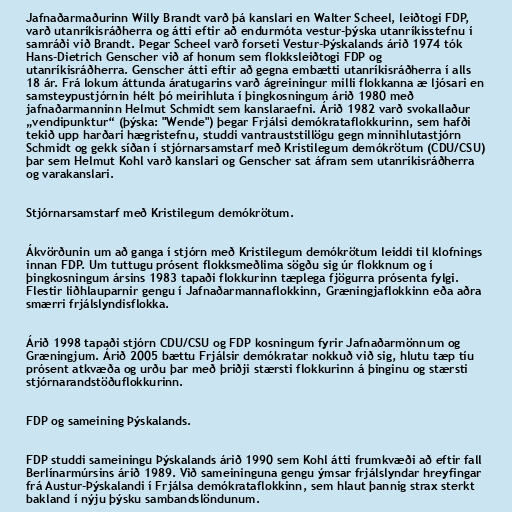
Jafnaðarmaðurinn Willy Brandt varð þá kanslari en Walter Scheel, leiðtogi FDP,
varð utanríkisráðherra og átti eftir að endurmóta vestur-þýska utanríkisstefnu í
samráði við Brandt. Þegar Scheel varð forseti Vestur-Þýskalands árið 1974 tók
Hans-Dietrich Genscher við af honum sem flokksleiðtogi FDP og
utanríkisráðherra. Genscher átti eftir að gegna embætti utanríkisráðherra í alls
18 ár. Frá lokum áttunda áratugarins varð ágreiningur milli flokkanna æ ljósari en
samsteypustjórnin hélt þó meirihluta í þingkosningum árið 1980 með
jafnaðarmanninn Helmut Schmidt sem kanslaraefni. Árið 1982 varð svokallaður
„vendipunktur“ (þýska: "Wende") þegar Frjálsi demókrataflokkurinn, sem hafði
tekið upp harðari hægristefnu, studdi vantrauststillögu gegn minnihlutastjórn
Schmidt og gekk síðan í stjórnarsamstarf með Kristilegum demókrötum (CDU/CSU)
þar sem Helmut Kohl varð kanslari og Genscher sat áfram sem utanríkisráðherra
og varakanslari.

Stjórnarsamstarf með Kristilegum demókrötum.

Ákvörðunin um að ganga í stjórn með Kristilegum demókrötum leiddi til klofnings
innan FDP. Um tuttugu prósent flokksmeðlima sögðu sig úr flokknum og í
þingkosningum ársins 1983 tapaði flokkurinn tæplega fjögurra prósenta fylgi.
Flestir liðhlauparnir gengu í Jafnaðarmannaflokkinn, Græningjaflokkinn eða aðra
smærri frjálslyndisflokka.

Árið 1998 tapaði stjórn CDU/CSU og FDP kosningum fyrir Jafnaðarmönnum og
Græningjum. Árið 2005 bættu Frjálsir demókratar nokkuð við sig, hlutu tæp tíu
prósent atkvæða og urðu þar með þriðji stærsti flokkurinn á þinginu og stærsti
stjórnarandstöðuflokkurinn.

FDP og sameining Þýskalands.

FDP studdi sameiningu Þýskalands árið 1990 sem Kohl átti frumkvæði að eftir fall
Berlínarmúrsins árið 1989. Við sameininguna gengu ýmsar frjálslyndar hreyfingar
frá Austur-Þýskalandi í Frjálsa demókrataflokkinn, sem hlaut þannig strax sterkt
bakland í nýju þýsku sambandslöndunum.